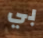
بي